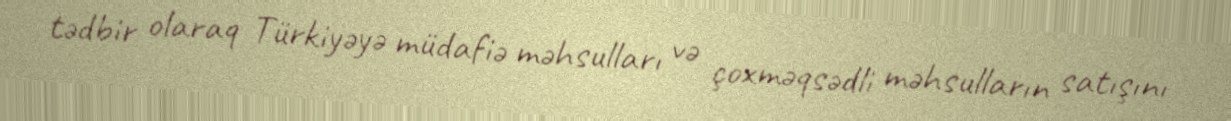
tədbir olaraq Türkiyəyə müdafiə məhsulları və çoxməqsədli məhsulların satışını